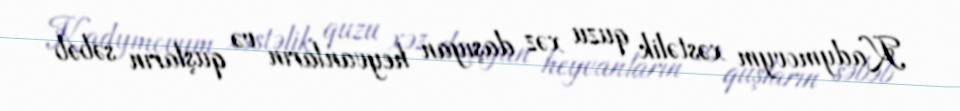
Kadymovym xəstəlik quzu xəz daşıyan heyvanların və quşların səbəb